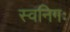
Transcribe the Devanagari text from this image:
स्वनिगः